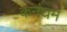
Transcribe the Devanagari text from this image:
कनंघम